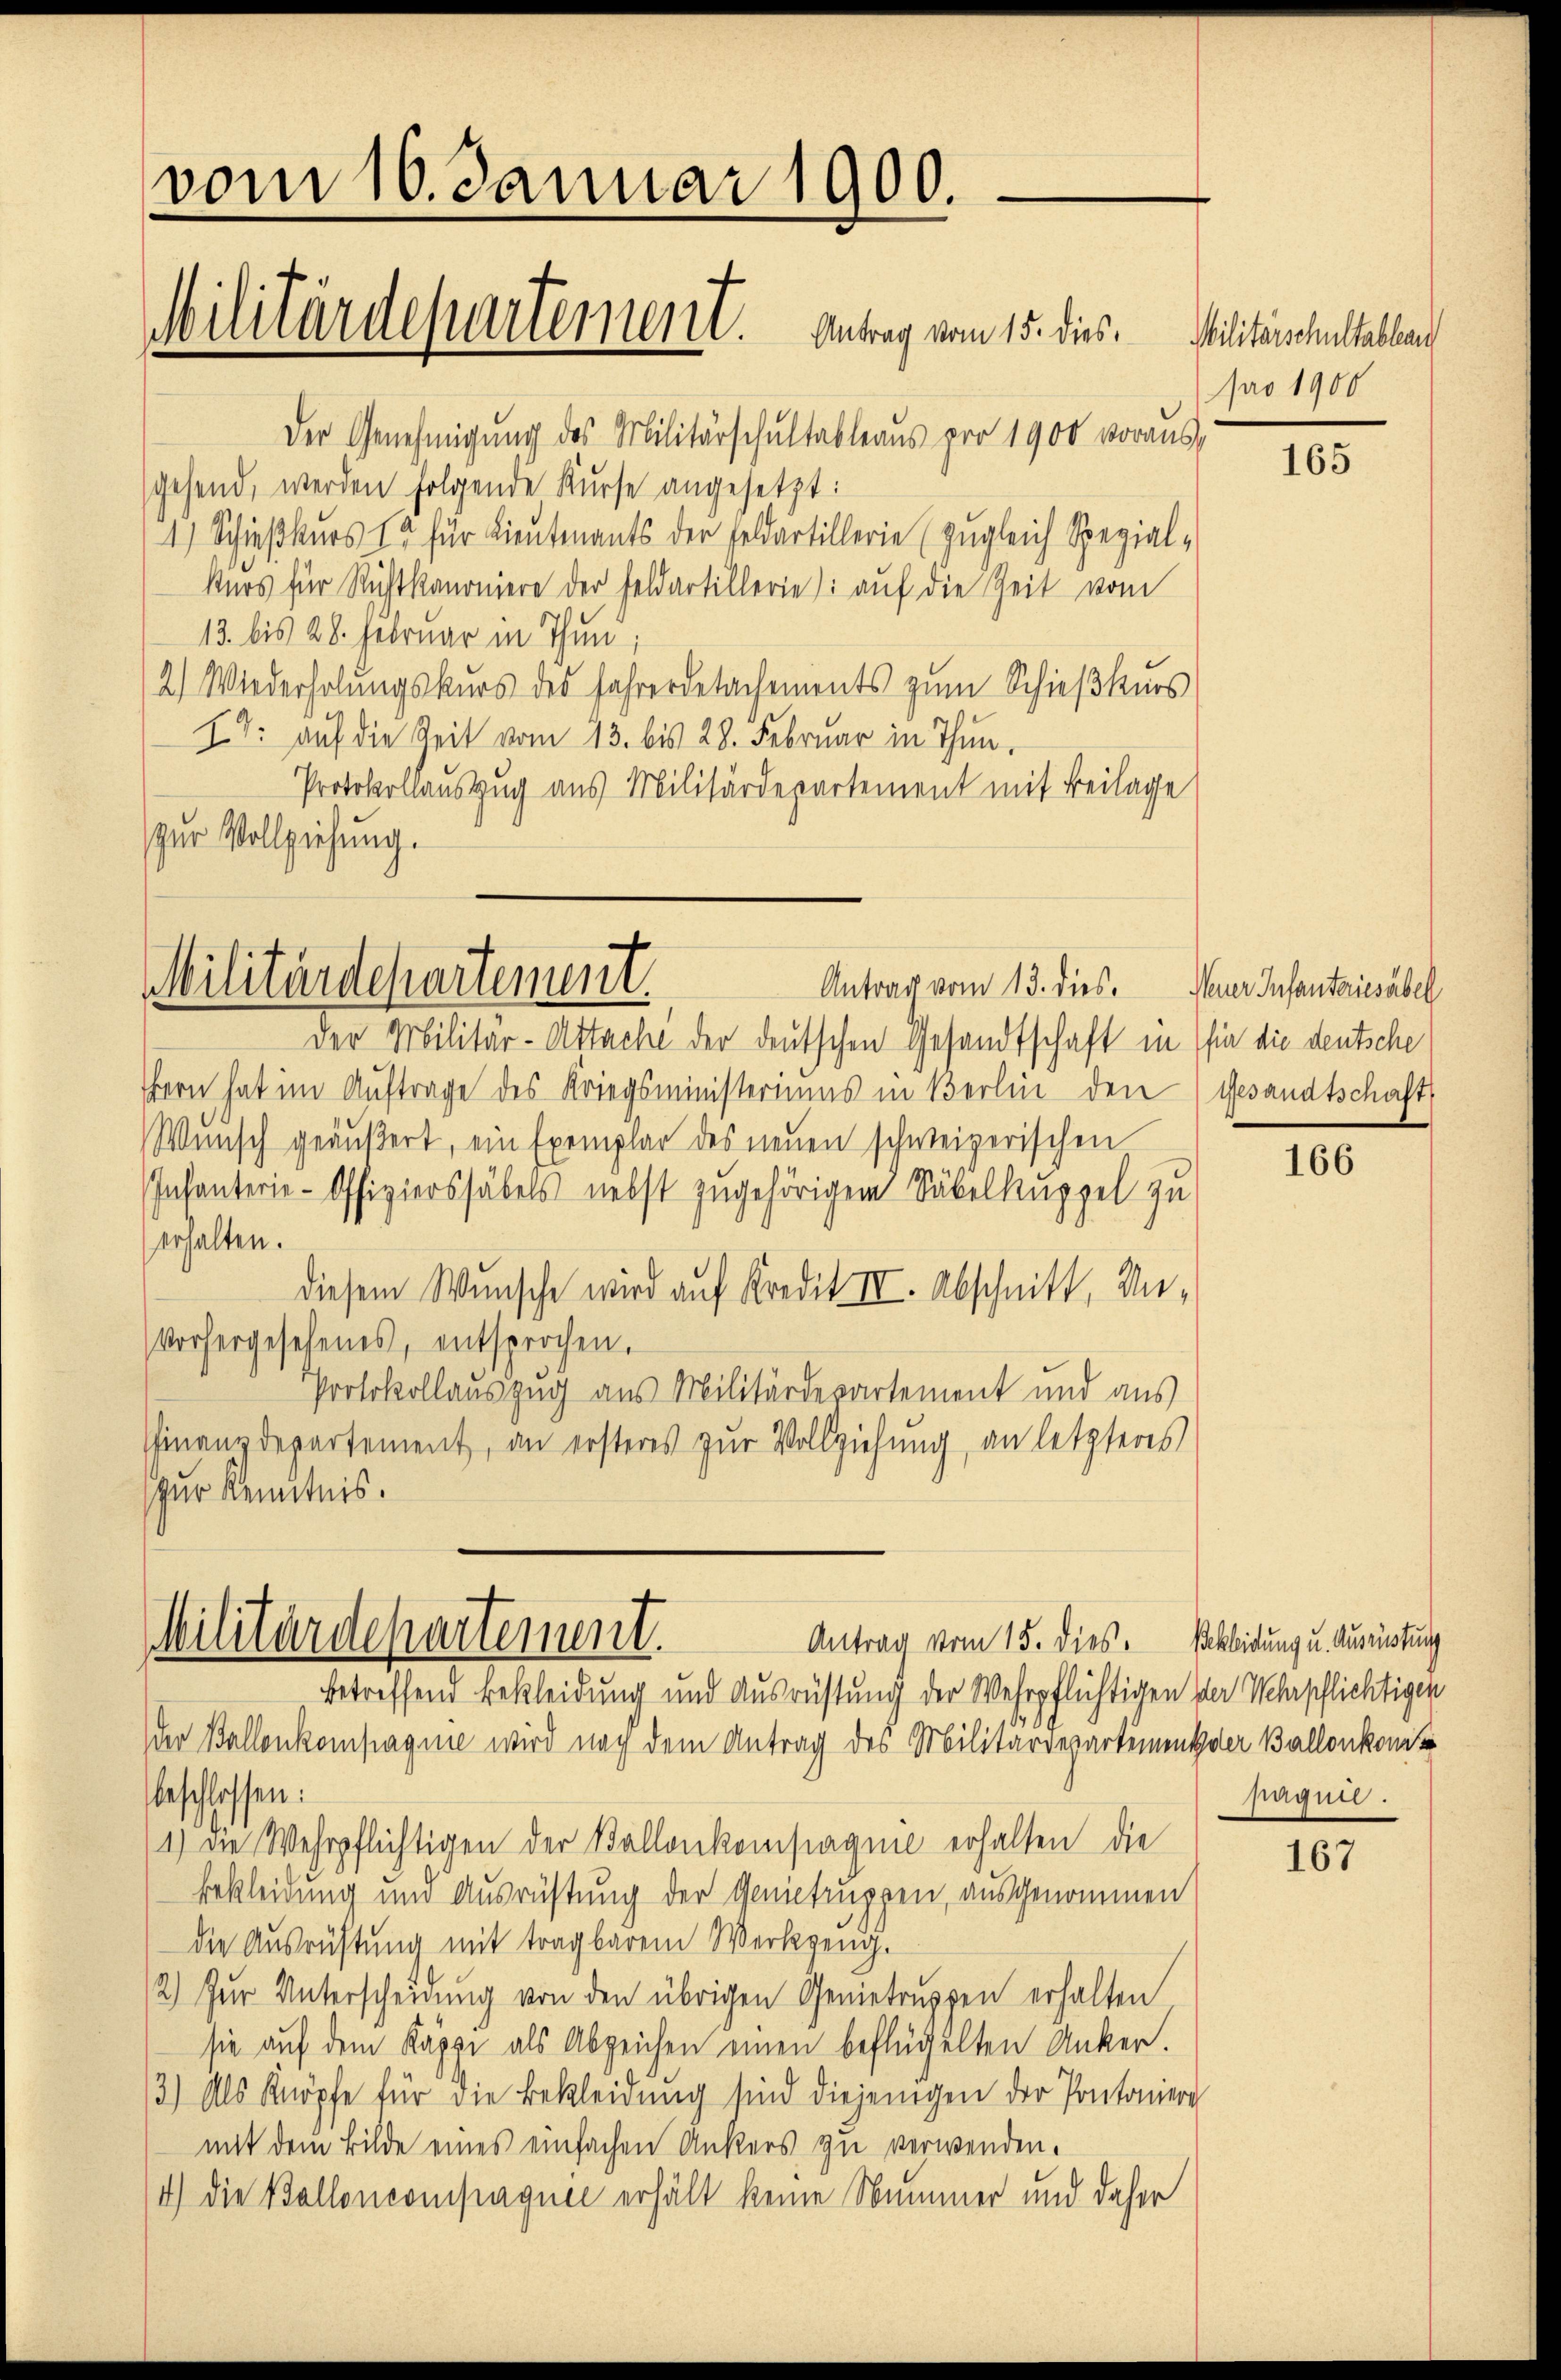
vom 10. Januar 1900.
Militärdepartement. Antrag vom 15. dies

Der Genehmigung des Militärschultableaus pro 1900 vorausgehend, werden folgende Kurse angesetzt:
4) Schieβkŭrs 12 für Lieutnants der Feldartillerie (zugleich Spezial-
kurs für Richtkanoniere der Feldartillerie) auf die Zeit vom
13. bis 28. Februar in Thun;
2) Wiederholungskurs des Jahrendesachements zum Schießheurs
17: auf die Zeit vom 13. bis 28. Februar in Thun¬
Protokollauszug aus Militärdepartement mit Beilage
zur Vollziehung.

Der Militär-Attache der deutschen Gesandtschaft in sie die deutsche
hern hat im Auftrage des Kriegsministeriums in Berlin den Gesandtschaft
Wunsch geäußert, ein Exemplar des neuen schweizerischen
Infanterie-Offizierssäbels nebst zugehörigem Säbelkuppel zu
erhalten.
diesem Wunsche wird auf Kredit II. Abschnitt, Un-
vorhergesehenes, entsprochen.
Protokollauszug aus Militärdepartement und aus
Finanzdepartement, an ersteres zur Vollziehung, an letzteres
zur Kenntnis.

Militärdepartement.
Antrag vom 13. dies. Neuer Infanteiesäbel

Militärdepartement.
Antrag vom 15. dies. Skbidung u. Ausrüstung
betreffend Bekleidung und Ausrüstung der Wehrpflichtigen der Wehrpflichtigen

der Ballenkompagnie wird nach dem Antrag des Militärdepartement der Ballonkont
beschlossen:
1.) Die Wehrpflichtigen der Ballenkompagnie erhalten die
bekleidung und Ausrüstung der Genietruppen, ausgenommen
die Ausrichtung mit tragbarem Werkzeug.
2) Zur Unterscheidŭng von den übrigen Genietruppen erhalten
sie auf dem Kappe als Abzeichen einen beflügelten Anker.
3) Als Knöpfe für die Bekleidung sind diejenigen der Pontoniere
mit dem Bilde eines einfachen Ankers zu verwenden.
4) die Balloncompagnie erhält keine Nummer und daher

Militärschultableau
pro 1900

165

166

naguil.

167